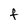
Character: F